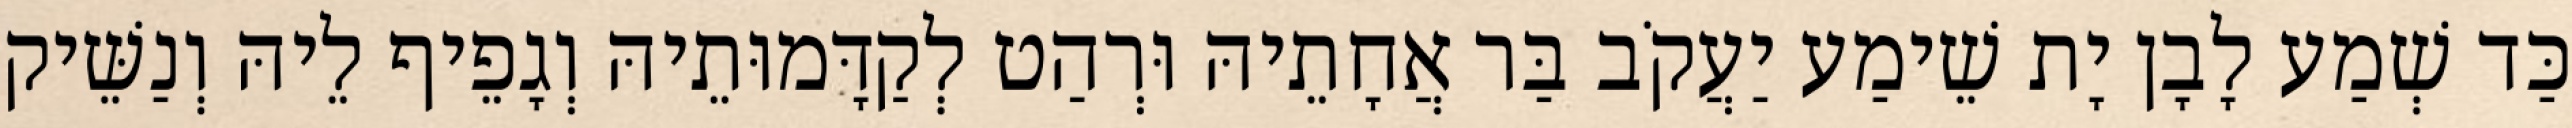
כַּד שְׁמַע לָבָן יָת שֵׁימַע יַעֲקֹב בַּר אֲחָתֵיהּ וּרְהַט לְקַדָּמוּתֵיהּ וְגָפֵיף לֵיהּ וְנַשֵּׁיק